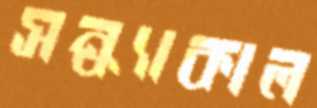
সন্ধ্যাকাল